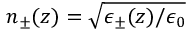
n _ { \pm } ( z ) = \sqrt { \epsilon _ { \pm } ( z ) / \epsilon _ { 0 } }